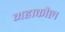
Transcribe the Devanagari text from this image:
महाकौल